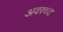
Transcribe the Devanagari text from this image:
अवरुध्द